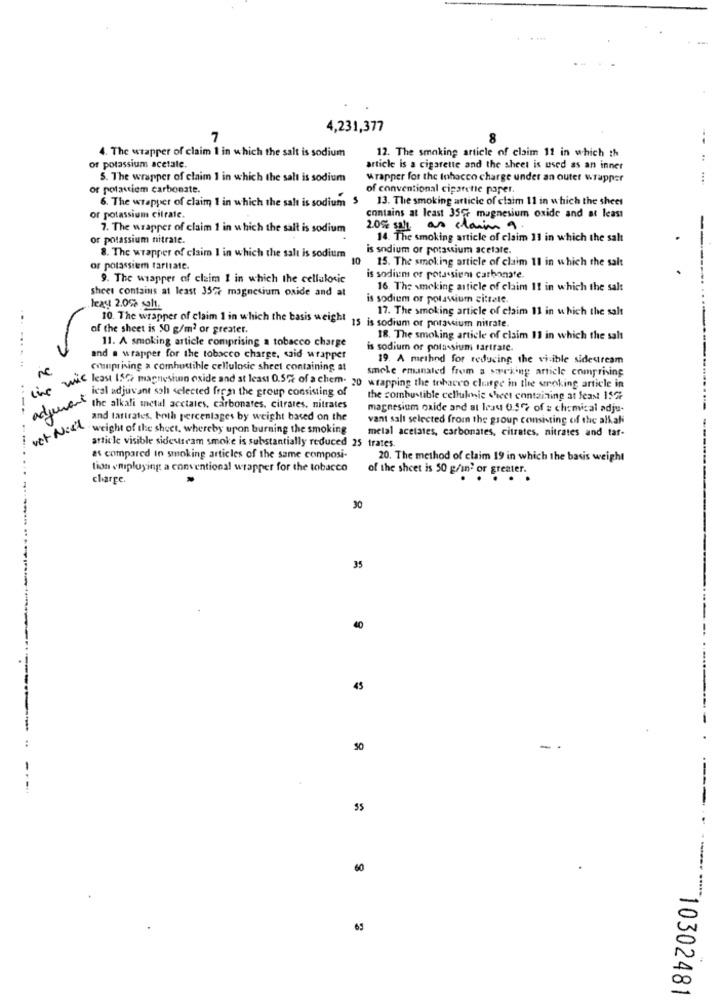
4,231,377
7
8
4. The wrapper of claim 1 in which the salt is sodium
12. The smoking article of claim 11 in which th
or potassium acetate.
article is a cigarette and the sheet is used as an inner
5. The wrapper of claim 1 in which the salt is sodium
Wrapper for the tobacco charge under an outer wrapper
...
or potastiem carbonate.
of conventional cigarette paper.
6. The wrapper of claim 1 in which the salt is sodium 5
13. The smoking articic of claim 11 in which the sheet
contains at least 35℃ magnesium oxide and at least
or potassium citrate.
7. The wrapper of claim 1 in which the salt is sodium
20% salt as clarins a
or potassium nitrate.
14. The smoking article of claim 11 in which the salt
8. The wrapper of claim I in which the salt is sodium
is sodium or potassium acetate.
10 15. The smoking article of claim 11 in which the salt
-----
or potassium tarttate.
9. The wrapper of claim I in which the cellulosic
is sodium or potassien carbonate.
sheet contains at least 3577 magnesium oxide and at
16. The smoking article of claim 11 in which the salt
is sodium or potassium citrate.
least 2.0%% salt.
17. The smoking article of claim 11 in which the salt
10. The wrapper of claim 1 in which the basis weight
of the sheet is 50 g/m2 or greater.
15 is sodium or porassium nitrate.
11. A smoking article comprising a tobacco charge
18. The smoking article of claim 11 in which the salt
is sodium or potassium tartrate.
and a wrapper for the tobacco charge, said wrapper
19. A method for reducing the visible sidestream
Comprising a combustible cellulosic sheet containing at
smele emanated from s seeking article comprising
wie least 150 magnesium oxide and at least 0.5% of a chem. 20 wrapping the tobacco change in the smoking article in
ical adjuvant soh selected from the group consisting of
the combustible cellulmic cheet containing at least 15Gr
the alkali metal acctales, carbonates, citrares, nitrates
magnesium oxide and al leau 0.5% of z chemical adju-
ver Niet
---
and tartrates, both percentages by weight based on the
vant salt selected from the group consisting of the alkali
-weight of the sheet, whereby upon burning the smoking
metal acetates, carbonates, citrates, nitrates and tar-
article visible sidestream smoke is substantially reduced 25 trates.
as compared in smoking articles of the same composi-
20. The method of claim 19 in which the basis weight
tion employing a conventional wrapper for the tobacco
of the sheet is 50 g/in' or greater.
charge.
30
--.
35
40
45
60
--- ------
69
10302481